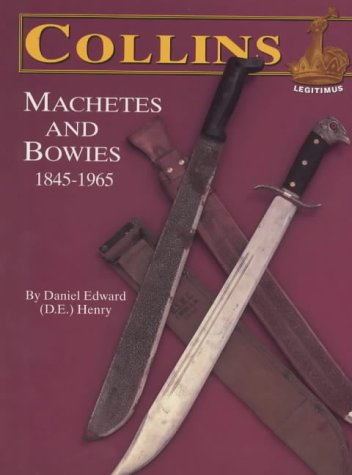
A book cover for Collins' Machetes and Bowies, 1845-1965; Daniel E. Henry; Crafts, Hobbies & Home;